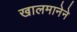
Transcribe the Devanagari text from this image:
खालमानेने